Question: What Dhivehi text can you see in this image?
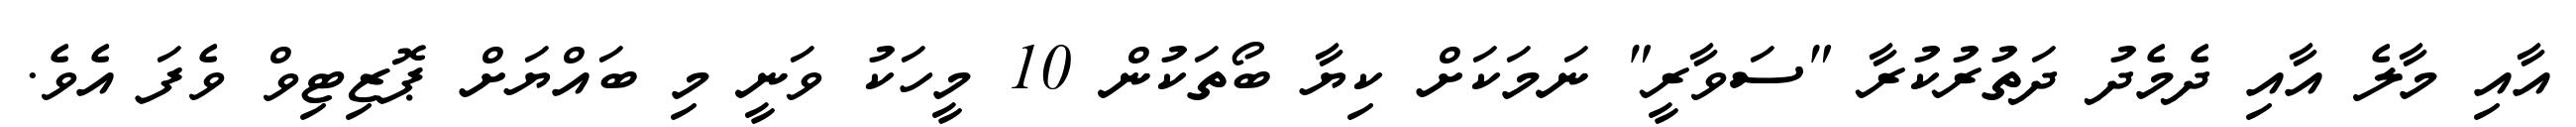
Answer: އާއި މާލެ އާއި ދެމެދު ދަތުރުކުރާ "ސަވާރީ" ނަމަކަށް ކިޔާ ބޯތަކުން 10 މީހަކު ވަނީ މި ބައްޔަށް ޕޮޒިޓިވް ވެފަ އެވެ.